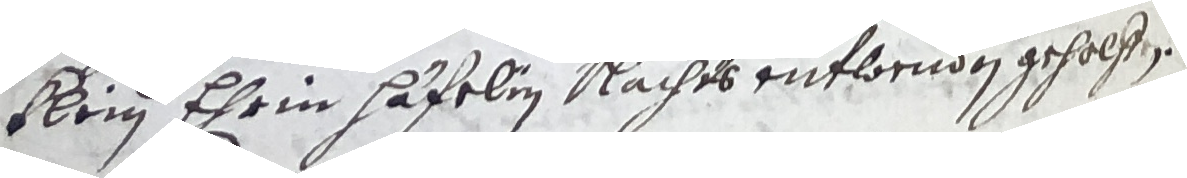
Klein ehrin Häfelin nachts entlornden geholfen.